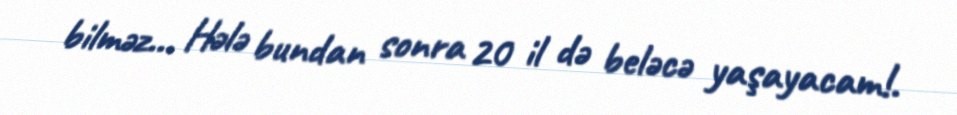
bilməz... Hələ bundan sonra 20 il də beləcə yaşayacam!.